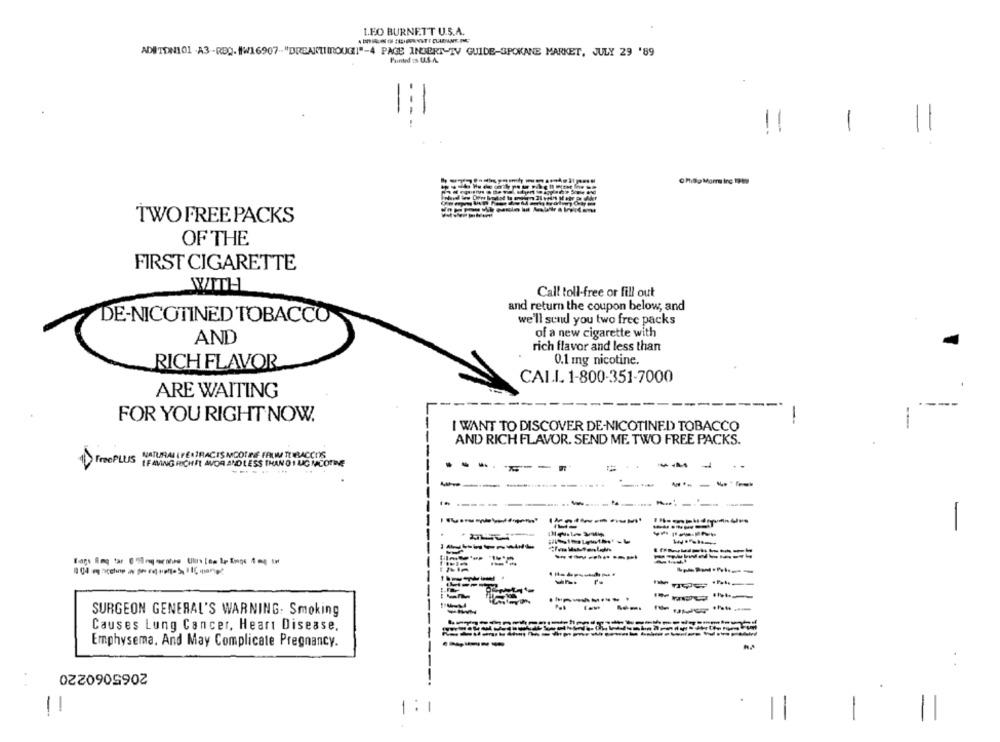
LEO BURNETT U.S.A.
ADITDN101 -A3 -RBQ.1W16907-"DREAM(TIMROUGH]"-4 PAGE INBERT-TV GUIDE-SPOKANE MARKET, JULY 29 '89
Painted is U.S.A.
!!
-
= =
Chilo Mormm inc 1989
TWO FREE PACKS
OF THE
FIRST CIGARETTE
WITH
Call toll-free or fill out
and return the coupon below, and
DE-NICOTINED TOBACCO
we'll send you two free packs
of a new cigarette with
AND
rich flavor and less than
0.1 mg nicotine.
RICH FLAVOR
CAI.I. 1-800-351-7000
ARE WAITING
FOR YOU RIGHT NOW.
I WANT TO DISCOVER DE-NICOTINED TOBACCO
AND RICH FLAVOR. SEND ME. TWO FREE PACKS.
FreePLUS NATURAL I FELTRACISMCOLINE FALI TOBACCOS
IF AVING RICHIT AVDR AND LESS THAN 0 1 LIC MCOTDE
-----
-- -
.....
------------
-----
-
----
SURGEON GENERAL'S WARNING: Smoking
Causes Lung Cancer, Heart Disease.
-
Emphysema, And May Complicate Pregnancy.
-----
2065060220
-
1: 1